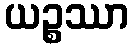
ယဉ္စဿာ